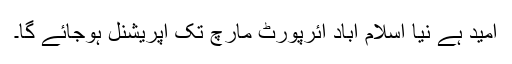
امید ہے نیا اسلام آباد ائرپورٹ مارچ تک آپریشنل ہوجائے گا۔